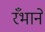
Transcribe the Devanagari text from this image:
रँभाने